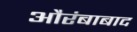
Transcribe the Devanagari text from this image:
औरंबाबाद